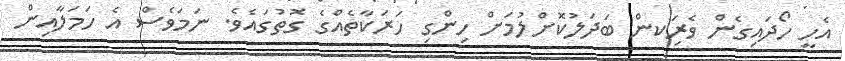
އެހީ ހޯދައިގެން ވެރިަކން ބަދަލުކޮށްލުމަށް ހިންގި ހަރަކާތެއްގެ ގޮތުގައެވެ. ނަމަވެސް އެ ހަމަލާއިން